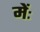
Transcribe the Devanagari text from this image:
मेंः